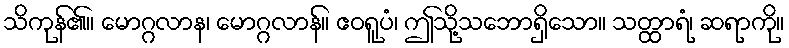
သိကုန်၏။ မောဂ္ဂလာန၊ မောဂ္ဂလာန်။ ဧဝရူပံ၊ ဤသို့သဘောရှိသော။ သတ္ထာရံ၊ ဆရာကို။